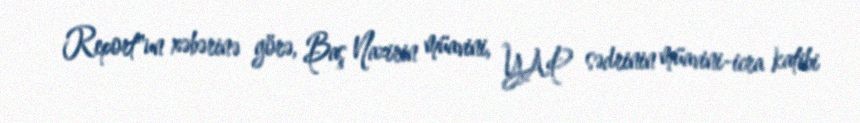
Report"un xəbərinə görə, Baş Nazirin müavini, YAP sədrinin müavini-icra katibi